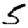
Digit: 5